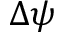
\Delta \psi